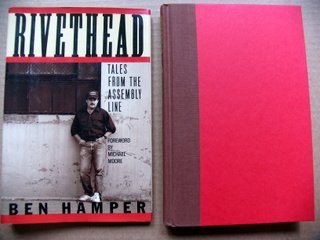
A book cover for Rivethead: Tales from the Assembly Line; Ben Hamper; Engineering & Transportation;